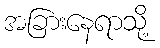
အခြားနေရာသို့